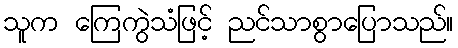
သူက ကြေကွဲသံဖြင့် ညင်သာစွာပြောသည်။